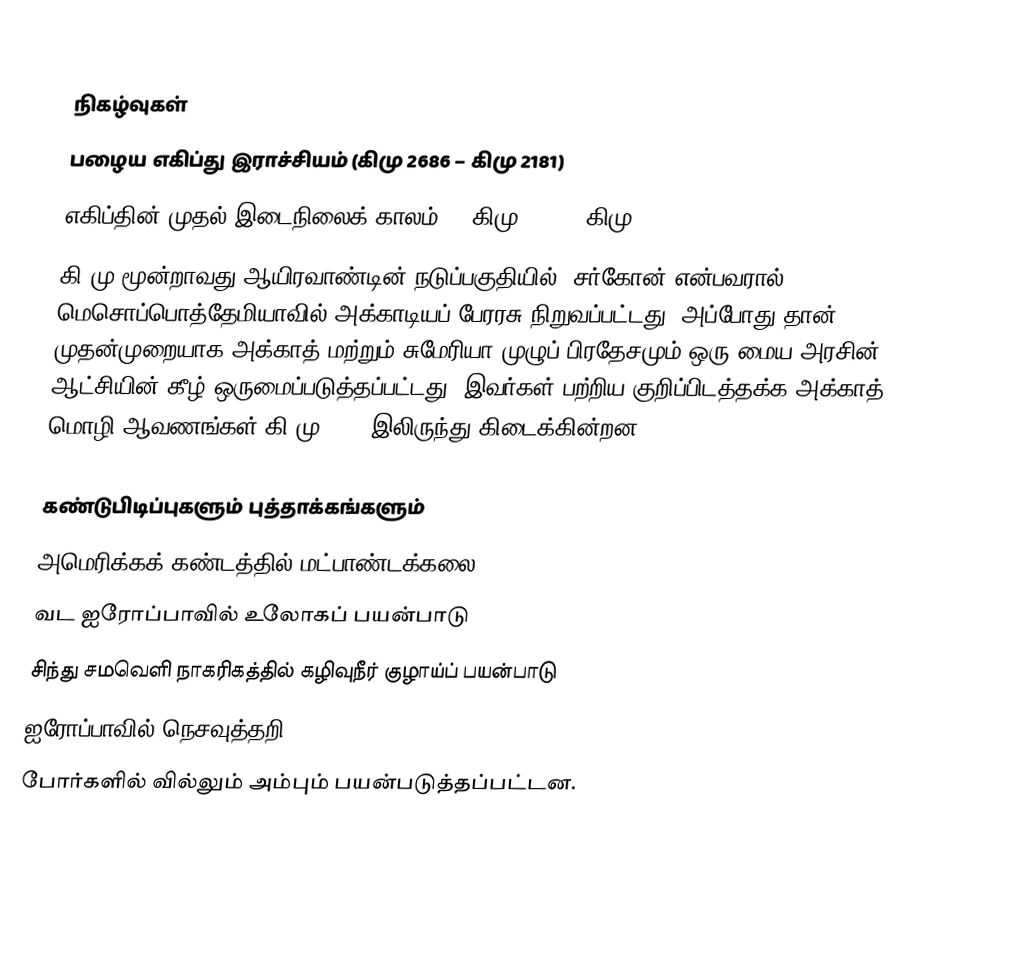

நிகழ்வுகள்
 பழைய எகிப்து இராச்சியம் (கிமு 2686 –  கிமு 2181)
 எகிப்தின் முதல் இடைநிலைக் காலம் -  (கிமு 2181 -  கிமு 2055)
 கி.மு மூன்றாவது ஆயிரவாண்டின் நடுப்பகுதியில், சர்கோன்  என்பவரால் மெசொப்பொத்தேமியாவில்  அக்காடியப் பேரரசு நிறுவப்பட்டது. அப்போது தான் முதன்முறையாக அக்காத் மற்றும் சுமேரியா முழுப் பிரதேசமும் ஒரு மைய அரசின் ஆட்சியின் கீழ் ஒருமைப்படுத்தப்பட்டது. இவர்கள் பற்றிய குறிப்பிடத்தக்க அக்காத் மொழி ஆவணங்கள் கி.மு 2300 இலிருந்து கிடைக்கின்றன.

கண்டுபிடிப்புகளும் புத்தாக்கங்களும்
 அமெரிக்கக் கண்டத்தில் மட்பாண்டக்கலை
 வட ஐரோப்பாவில் உலோகப் பயன்பாடு
 சிந்து சமவெளி நாகரிகத்தில் கழிவுநீர் குழாய்ப் பயன்பாடு
 ஐரோப்பாவில் நெசவுத்தறி
 போர்களில் வில்லும் அம்பும் பயன்படுத்தப்பட்டன.

tl:256 BC